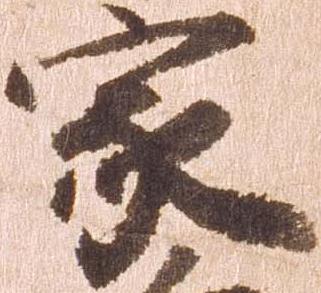
家